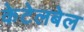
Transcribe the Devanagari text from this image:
केटेलबेल